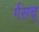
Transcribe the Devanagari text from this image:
र्गसच्